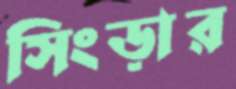
সিংড়ার